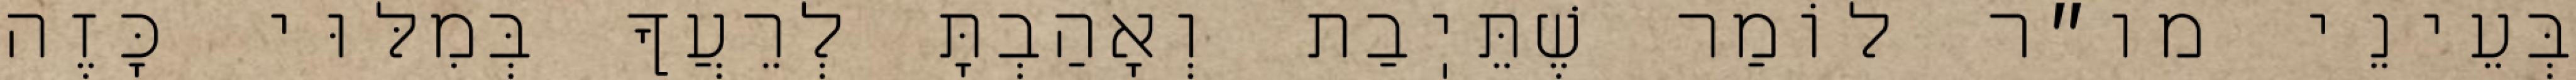
בְּעֵינֵי מו״ר לוֹמַר שֶׁתֵּיֽבַת וְאָהַבְתָּ לְרֵעֲךָ בְּמִלּוּי כָּזֶה